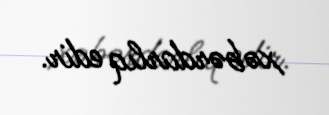
xəbərdarlıq edir.